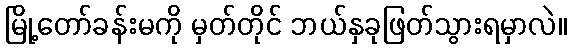
မြို့တော်ခန်းမကို မှတ်တိုင် ဘယ်နှခုဖြတ်သွားရမှာလဲ။